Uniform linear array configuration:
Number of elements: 32
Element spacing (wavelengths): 1
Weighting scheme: uniform
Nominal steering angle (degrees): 60
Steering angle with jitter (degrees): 58.406
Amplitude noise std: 0.05
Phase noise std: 0.05

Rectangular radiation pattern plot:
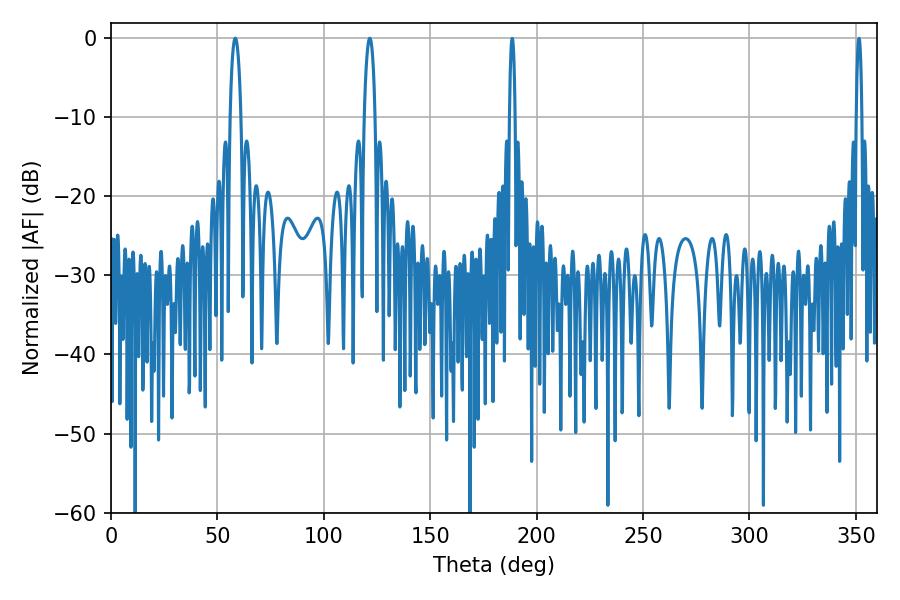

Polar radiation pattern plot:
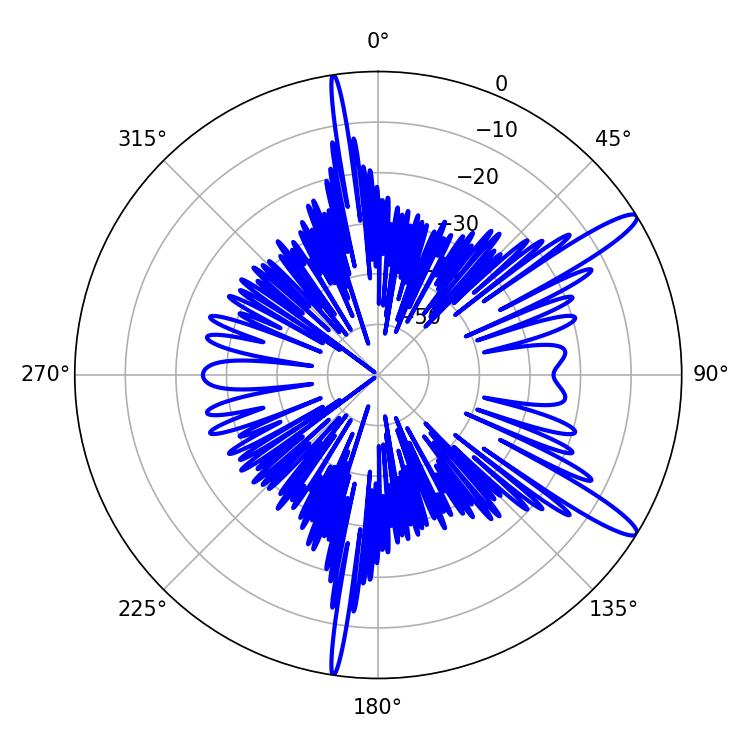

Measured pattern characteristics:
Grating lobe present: TRUE
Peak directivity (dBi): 13.387
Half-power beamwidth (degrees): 2.88
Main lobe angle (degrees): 58.32